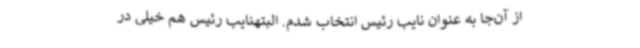
از آن‌جا به عنوان نایب رئیس انتخاب شدم. البتهنایب رئیس هم خیلی در